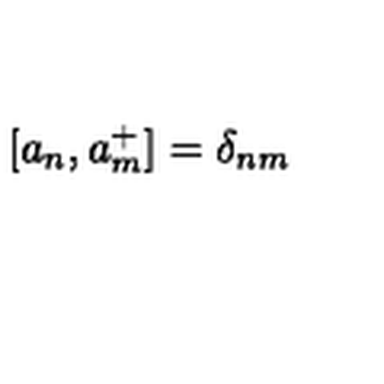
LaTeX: [ a _ { n } , a _ { m } ^ { + } ] = \delta _ { n m }